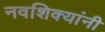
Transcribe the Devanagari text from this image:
नवशिक्यांनी